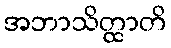
အဘာသိတ္ထာတိ